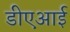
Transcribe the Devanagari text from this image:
डीएआई